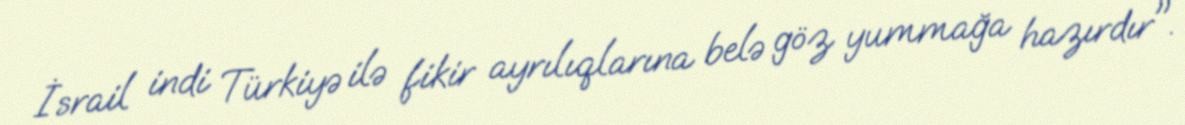
İsrail indi Türkiyə ilə fikir ayrılıqlarına belə göz yummağa hazırdır".